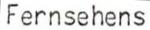
Fernsehens